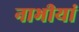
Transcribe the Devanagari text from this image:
नाभीयां